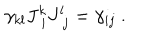
\gamma _ { k l } J _ { \ i } ^ { k } J _ { \ j } ^ { l } = \gamma _ { i j } \ .